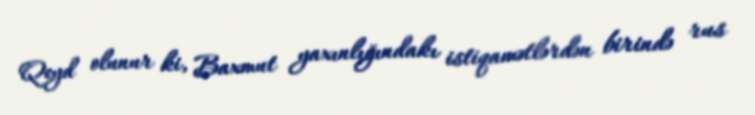
Qeyd olunur ki, Baxmut yaxınlığındakı istiqamətlərdən birində rus